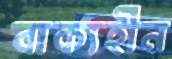
বাক্যহীন